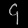
Digit: ၄